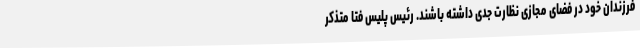
فرزندان خود در فضای مجازی نظارت جدی داشته باشند. رئیس پلیس فتا متذکر